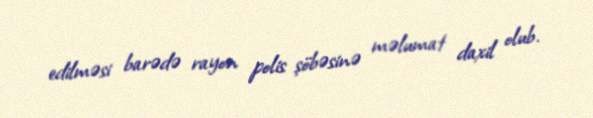
edilməsi barədə rayon polis şöbəsinə məlumat daxil olub.